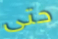
حتى